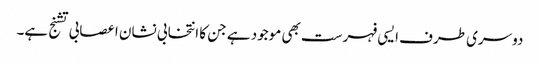
دوسری طرف ایسی فہرست بھی موجود ہے جن کا انتخابی نشان اعصابی تشنج ہے۔